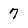
Character: 7